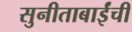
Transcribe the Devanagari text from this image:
सुनीताबाईंची